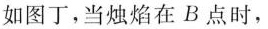
如图丁，当烛焰在B点时，